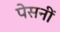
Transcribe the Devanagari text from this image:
पेसनीं